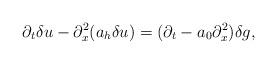
LaTeX: \begin{align*}\partial_t\delta u-\partial_x^2(a_h\delta u)=(\partial_t-a_0\partial_x^2)\delta g,\end{align*}